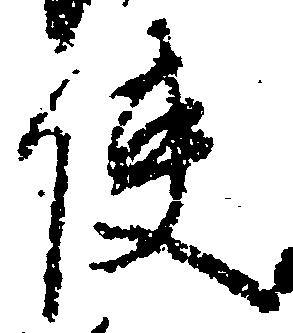
使